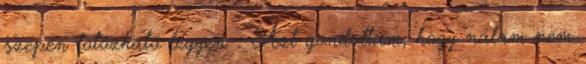
szépen fotózható legyen. : Azt gondoltam, hogy nálam nem